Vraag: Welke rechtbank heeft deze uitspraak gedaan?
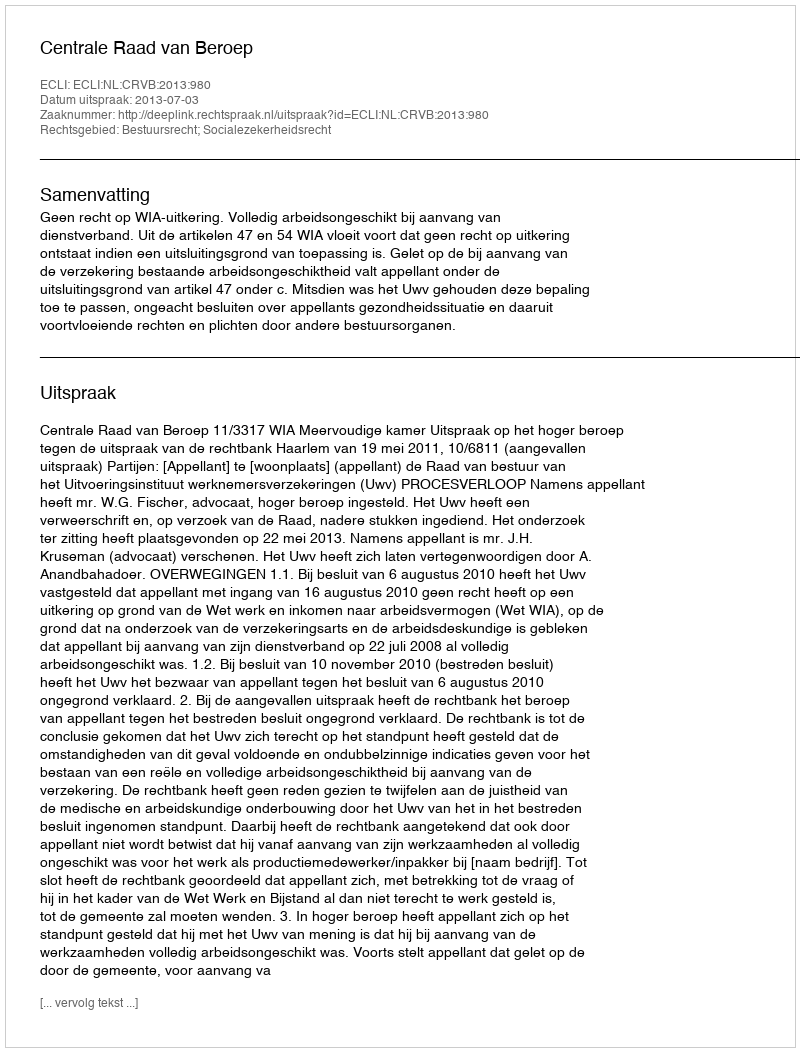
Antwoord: Centrale Raad van Beroep